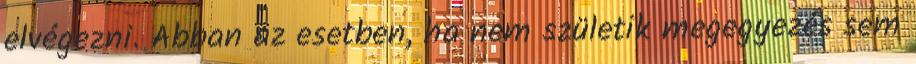
elvégezni. Abban az esetben, ha nem születik megegyezés sem